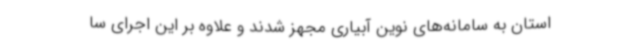
استان به سامانه‌های نوین آبیاری مجهز شدند و علاوه بر این اجرای سا